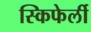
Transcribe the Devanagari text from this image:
स्किफेर्ली